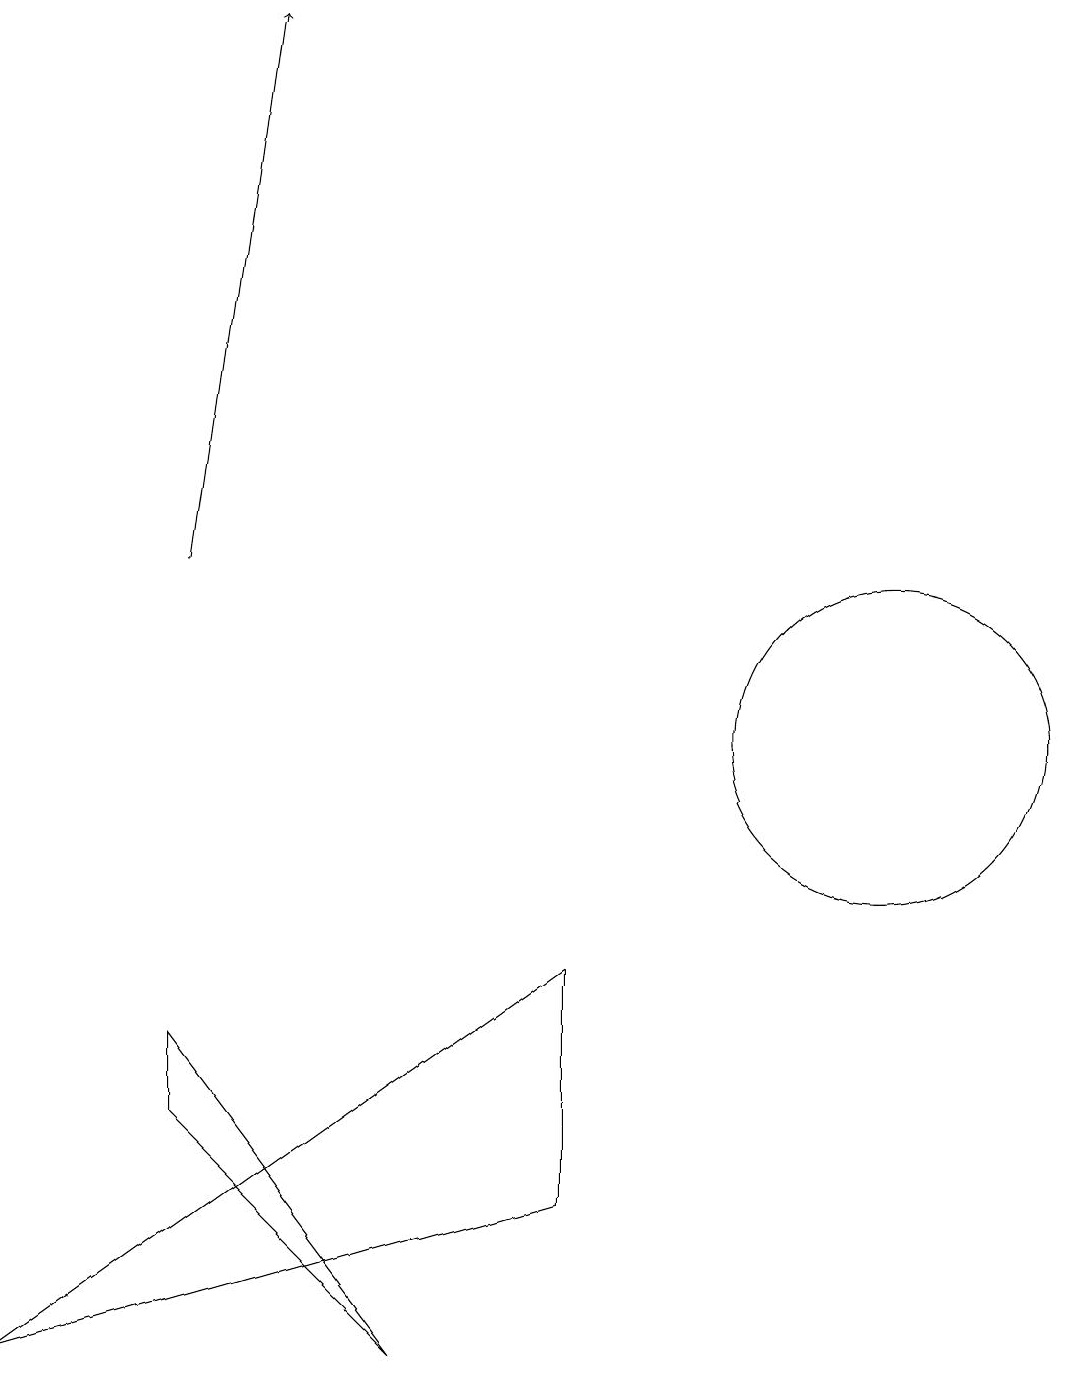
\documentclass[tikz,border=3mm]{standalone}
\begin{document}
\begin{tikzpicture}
\draw (5,2) -- (2,5) -- (2,6) -- cycle;
\draw (11,10) circle (2);
\draw (7,7) -- (0,2) -- (7,4) -- cycle;
\draw[->] (2,12) -- (3,19);
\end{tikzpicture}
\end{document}